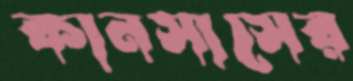
কানসাসের